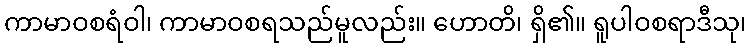
ကာမာဝစရံဝါ၊ ကာမာဝစရသည်မူလည်း။ ဟောတိ၊ ရှိ၏။ ရူပါဝစရာဒီသု၊